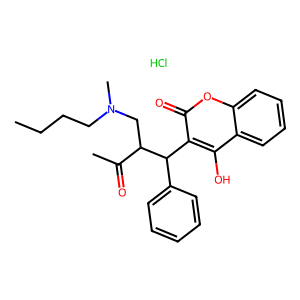
SMILES: CCCCN(C)CC(C(C)=O)C(c1ccccc1)c1c(O)c2ccccc2oc1=O.Cl
Inhibits HIV replication: No